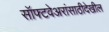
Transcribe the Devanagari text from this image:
सॉफ्टवेअरांसाठीदेखील